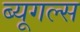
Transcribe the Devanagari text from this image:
ब्यूगल्स